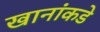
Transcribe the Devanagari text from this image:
खानांकडे